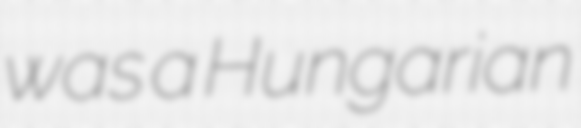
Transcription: was a Hungarian